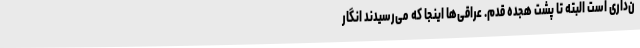
ن‌داری است البته تا پشت هجده قدم. عراقی‌ها اینجا که می‌رسیدند انگار